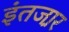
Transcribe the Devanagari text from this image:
इंतजा़र